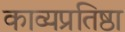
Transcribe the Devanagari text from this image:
काव्यप्रतिष्ठा